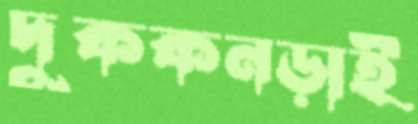
দুককনড়াই